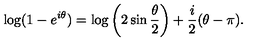
\log ( 1 - e ^ { i \theta } ) = \log \left( 2 \sin \frac { \theta } { 2 } \right) + \frac { i } { 2 } ( \theta - \pi ) .